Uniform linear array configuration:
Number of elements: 48
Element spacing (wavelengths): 0.75
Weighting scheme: binomial
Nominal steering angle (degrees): -15
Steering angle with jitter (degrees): -14.678
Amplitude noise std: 0.05
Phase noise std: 0.05

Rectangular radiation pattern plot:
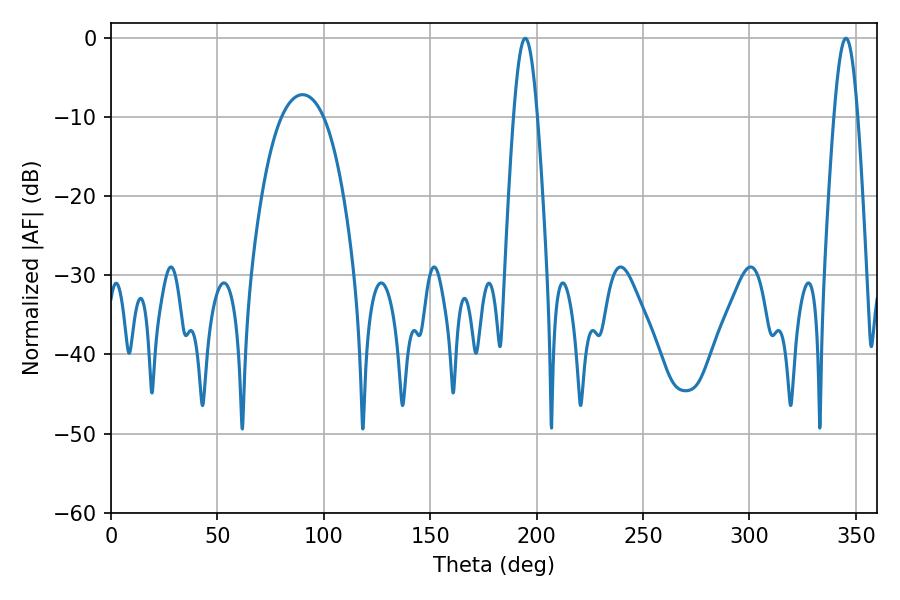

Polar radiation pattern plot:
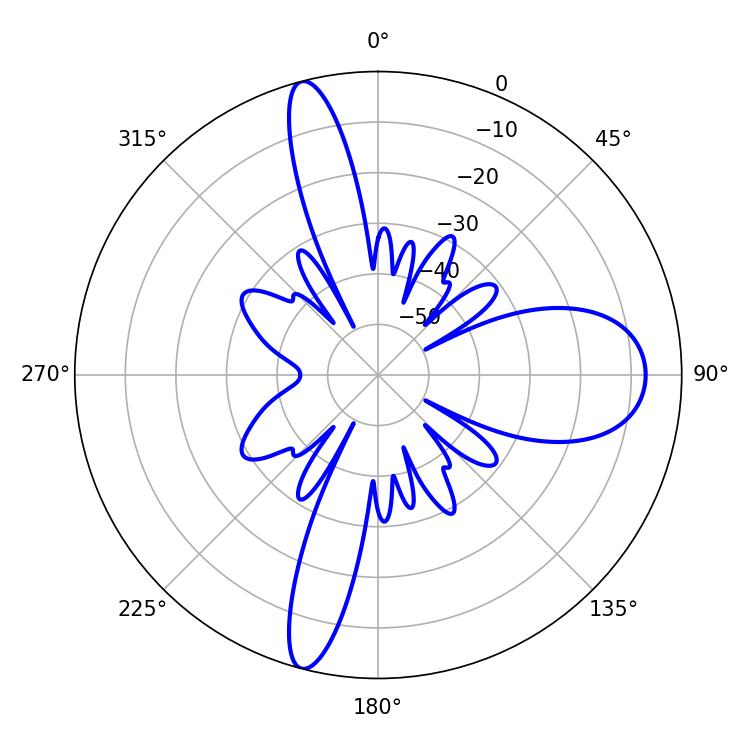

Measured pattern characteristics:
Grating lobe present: TRUE
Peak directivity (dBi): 22.356
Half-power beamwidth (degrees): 5.94
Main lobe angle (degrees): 194.58